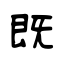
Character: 既